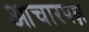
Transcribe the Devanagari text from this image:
आचारपक्ष